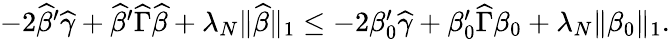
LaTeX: \begin{array}{r}{-2\widehat{\beta}^{\prime}\widehat{\gamma}+\widehat{\beta}^{\prime}\widehat{\Gamma}\widehat{\beta}+\lambda_{N}\| \widehat{\beta}\| _{1}\leq-2\beta_{0}^{\prime}\widehat{\gamma}+\beta_{0}^{\prime}\widehat{\Gamma}\beta_{0}+\lambda_{N}\| \beta_{0}\| _{1}.}\end{array}